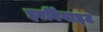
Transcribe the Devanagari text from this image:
इरविंगाइट